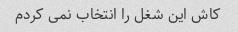
کاش این شغل را انتخاب نمی کردم